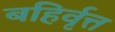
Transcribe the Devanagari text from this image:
बहिर्वृत्त